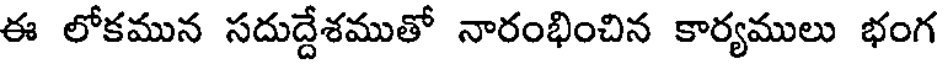
ఈ లోకమున సదుద్దేశముతో నారంభించిన కార్యములు భంగ